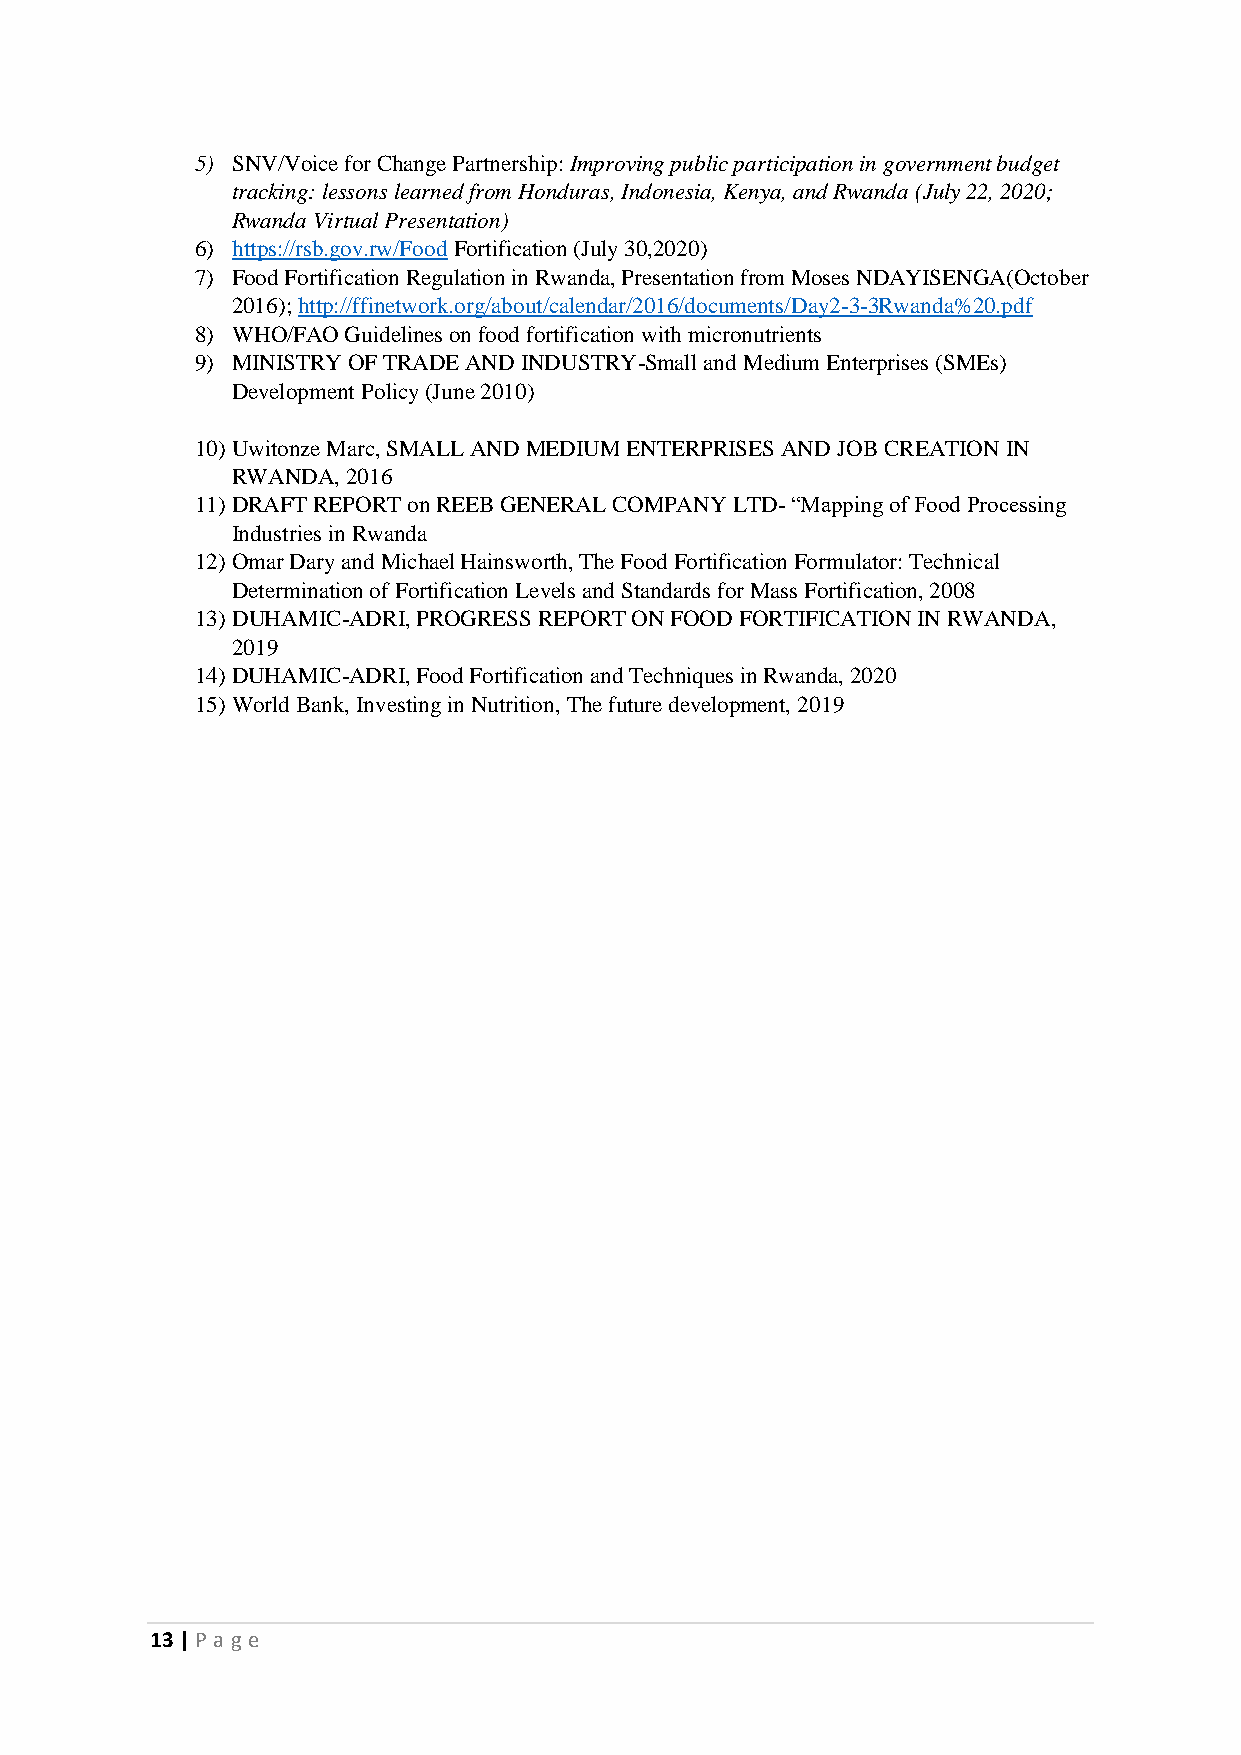
5) SNV/Voice for Change Partnership: Improving public participation in government budget
 tracking: lessons learned from Honduras, Indonesia, Kenya, and Rwanda (July 22, 2020;
 Rwanda Virtual Presentation)
 6) https://rsb.gov.rw/Food Fortification (July 30,2020)
 7) Food Fortification Regulation in Rwanda, Presentation from Moses NDAYISENGA(October
 2016); http://ffinetwork.org/about/calendar/2016/documents/Day2-3-3Rwanda%20.pdf
 8) WHO/FAO Guidelines on food fortification with micronutrients
 9) MINISTRY OF TRADE AND INDUSTRY-Small and Medium Enterprises (SMEs)
 Development Policy (June 2010)
 10) Uwitonze Marc, SMALL AND MEDIUM ENTERPRISES AND JOB CREATION IN
 RWANDA, 2016
 11) DRAFT REPORT on REEB GENERAL COMPANY LTD- “Mapping of Food Processing
 Industries in Rwanda
 12) Omar Dary and Michael Hainsworth, The Food Fortification Formulator: Technical
 Determination of Fortification Levels and Standards for Mass Fortification, 2008
 13) DUHAMIC-ADRI, PROGRESS REPORT ON FOOD FORTIFICATION IN RWANDA,
 2019
 14) DUHAMIC-ADRI, Food Fortification and Techniques in Rwanda, 2020
 15) World Bank, Investing in Nutrition, The future development, 2019
 13 | P age